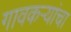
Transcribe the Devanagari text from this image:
गावकऱ्यांचा